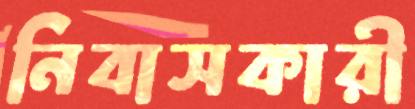
নিবাসকারী